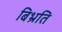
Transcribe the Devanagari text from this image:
बिभ्रति